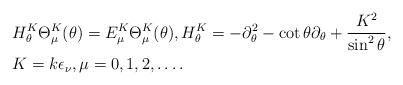
LaTeX: \begin{align*} & H^K_{\theta} \Theta^K_{\mu}(\theta) = E^K_{\mu} \Theta^K_{\mu}(\theta), H^K_{\theta} = - \partial_{\theta}^2 - \cot\theta \partial_{\theta} + \frac{K^2}{\sin^2\theta}, \\ & K = k \epsilon_{\nu}, \mu=0, 1, 2, \ldots. \end{align*}